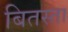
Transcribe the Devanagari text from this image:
बितस्ता